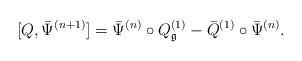
LaTeX: \begin{align*}[Q,\Bar{\Psi}^{(n+1)}]=\Bar\Psi^{(n)}\circ Q_\mathfrak{g}^{(1)}-\Bar{Q}^{(1)}\circ\Bar\Psi^{(n)}. \end{align*}